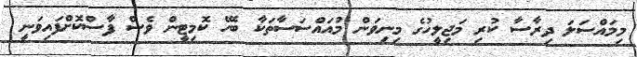
މިމައްސަލަ ދިރާސާ ކުރި މަޖިލީހުގެ މިނިވަން މުއައްސަސާތަކާ ބެހޭ ކޮމިޓީން ވެސް ފާސްކޮށްފައިވަނީ